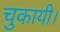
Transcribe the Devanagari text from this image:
चुकायी।